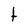
Character: t